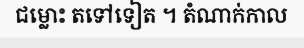
ជម្លោះ តទៅទៀត ។ តំណាក់កាល